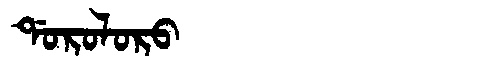
Manchu: ᡩᠣᡵᠣᠯᠣᡵᠣ
Romanization: DOROLORO